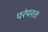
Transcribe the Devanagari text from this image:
परंपरतः